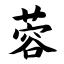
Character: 蓉